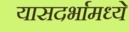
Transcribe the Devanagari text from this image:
यासदर्भामध्ये